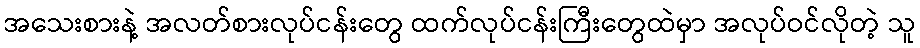
အသေးစားနဲ့ အလတ်စားလုပ်ငန်းတွေ ထက်လုပ်ငန်းကြီးတွေထဲမှာ အလုပ်ဝင်လိုတဲ့ သူ